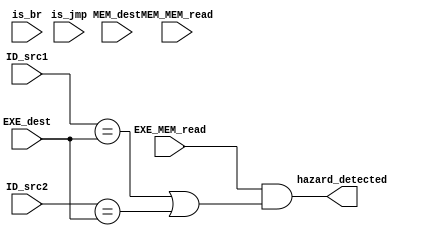
module hazard_detection_unit(input[4:0] ID_src1, ID_src2, EXE_dest, MEM_dest, input EXE_MEM_read, MEM_MEM_read, is_br,is_jmp, output hazard_detected );
    assign hazard_detected = (
                               ( EXE_MEM_read && (ID_src1==EXE_dest || ID_src2==EXE_dest) )
                             //||( MEM_MEM_read && (ID_src1==MEM_dest || ID_src2==MEM_dest) )
                             );
endmodule